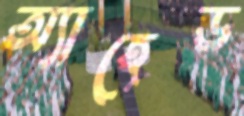
অ্যাহেড